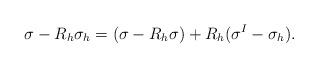
LaTeX: \begin{align*}\mathbf \sigma-R_{h}\mathbf \sigma_{h}=(\mathbf \sigma-R_{h}\mathbf \sigma)+R_{h}(\mathbf \sigma^{I}-\mathbf \sigma_{h}).\end{align*}